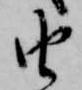
由